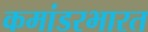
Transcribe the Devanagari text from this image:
कमांडरभारत